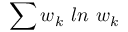
\sum w _ { k } \textit { } l n \textit { } w _ { k }